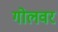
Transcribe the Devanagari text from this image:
गोलवर